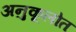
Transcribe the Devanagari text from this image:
अनुकूलोत